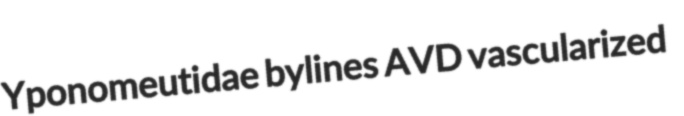
Yponomeutidae bylines AVD vascularized